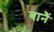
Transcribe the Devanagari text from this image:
बानैं